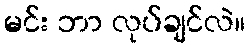
မင်း ဘာ လုပ်ချင်လဲ။